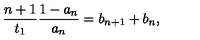
\frac { n + 1 } { t _ { 1 } } \frac { 1 - a _ { n } } { a _ { n } } = b _ { n + 1 } + b _ { n } ,